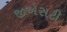
જીએસટી